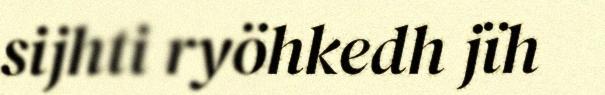
sijhti ryöhkedh jïh